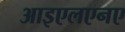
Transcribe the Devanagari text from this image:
आइएलएनए